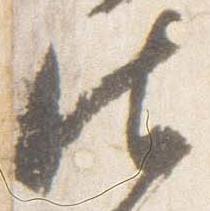
御